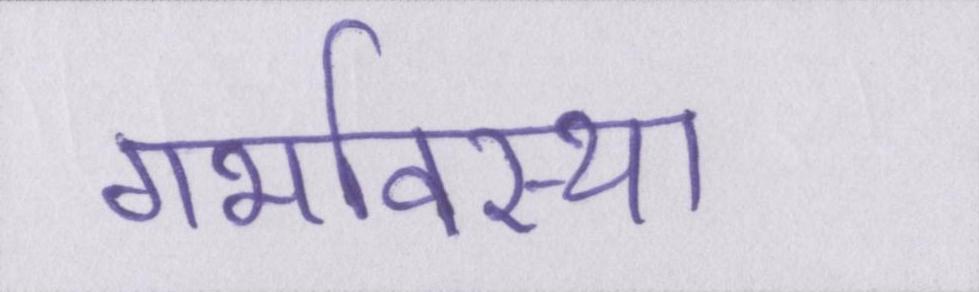
गर्भावस्था